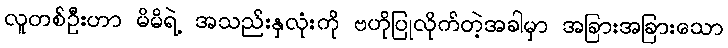
လူတစ်ဦးဟာ မိမိရဲ့ အသည်းနှလုံးကို ဗဟိုပြုလိုက်တဲ့အခါမှာ အခြားအခြားသော